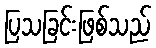
ပြသခြင်းဖြစ်သည်